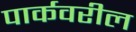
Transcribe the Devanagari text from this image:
पार्कवरील